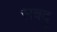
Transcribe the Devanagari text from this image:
सबदु